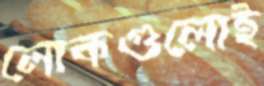
লোকগুলোই